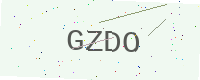
Text: GZDO